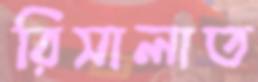
রিসালাত